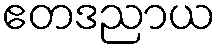
ဧတဒညာယ